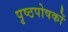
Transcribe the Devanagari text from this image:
पृष्ठपोषकों